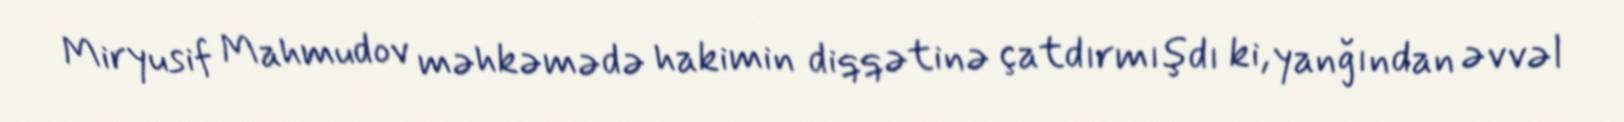
Miryusif Mahmudov məhkəmədə hakimin diqqətinə çatdırmışdı ki, yanğından əvvəl